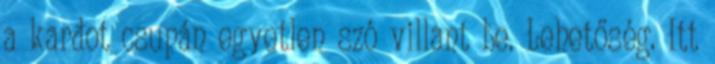
a kardot csupán egyetlen szó villant be. Lehetőség. Itt